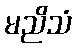
မညိသံ